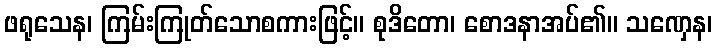
ဖရုသေန၊ ကြမ်းကြုတ်သောစကားဖြင့်။ စုဒိတော၊ စောဒနာအပ်၏။ သဏှေန၊